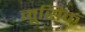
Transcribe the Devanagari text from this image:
मूसिक